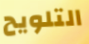
التلويح